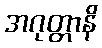
အဂုတ္တာနိ